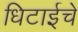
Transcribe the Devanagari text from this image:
धिटाईचे